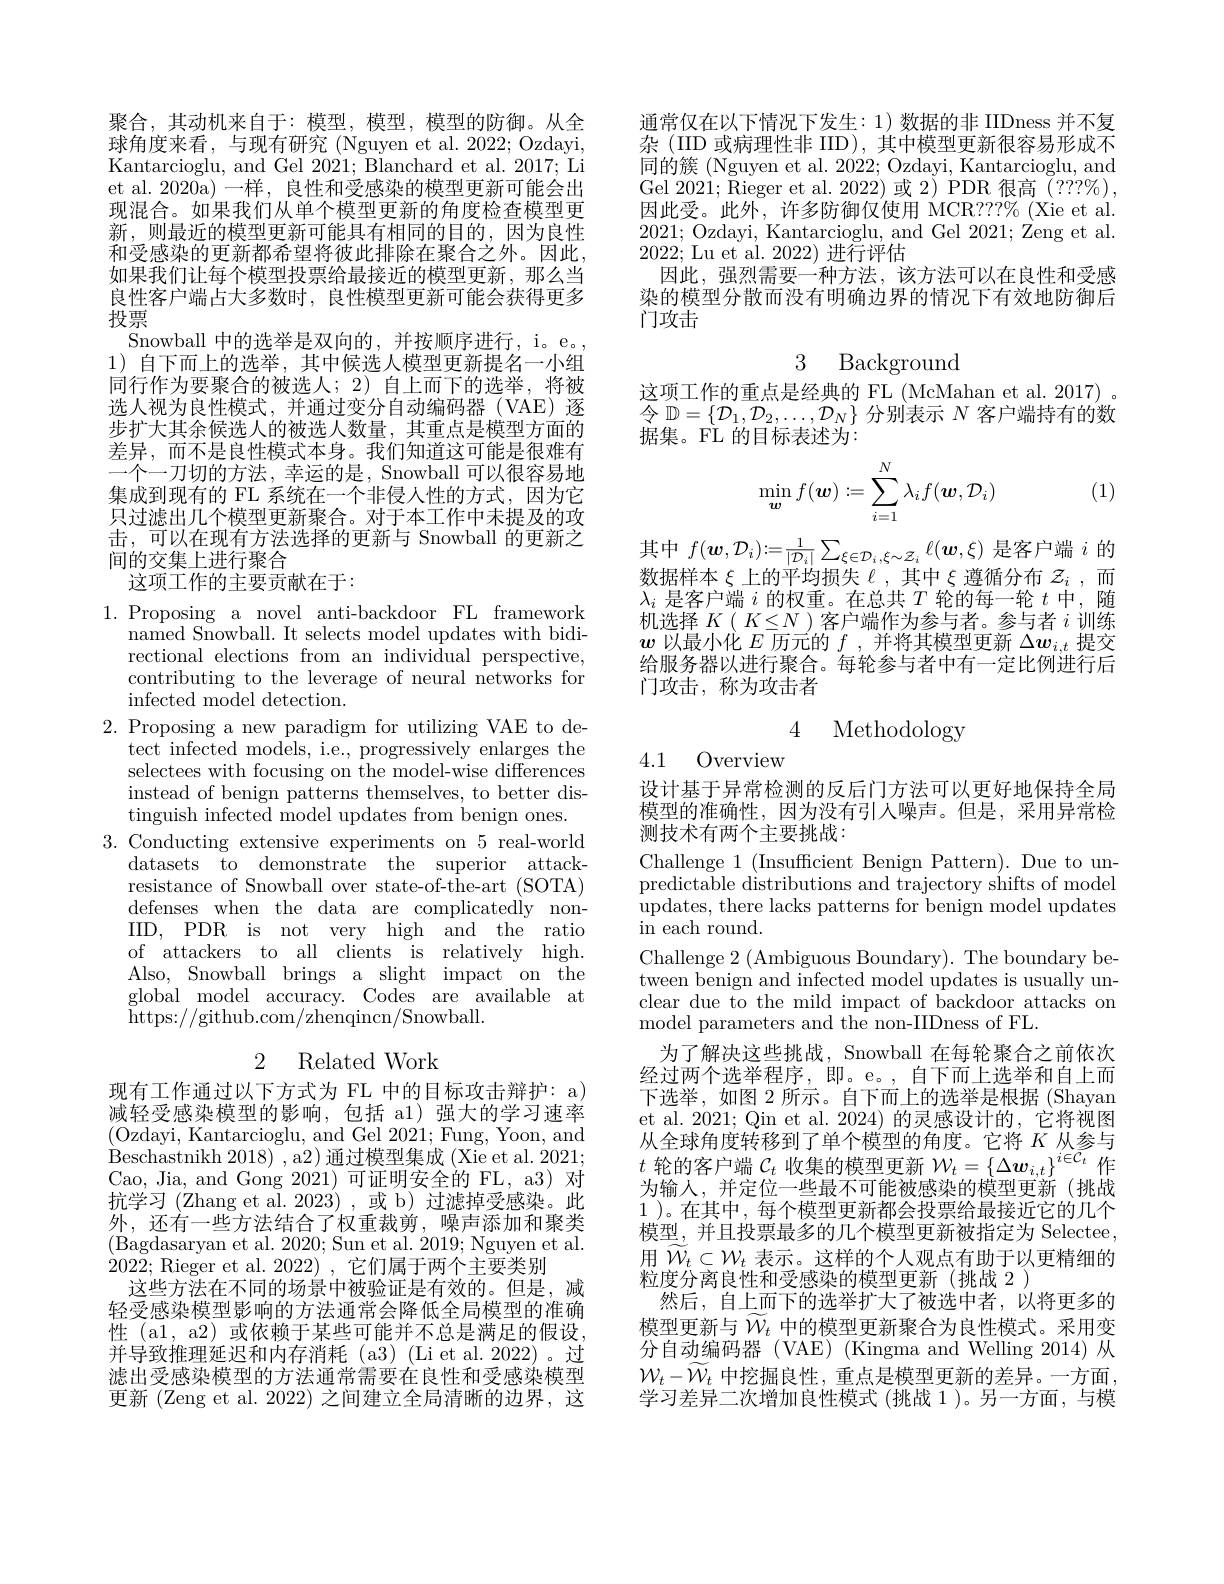
聚合，其动机来自于：模型，模型，模型的防御。从全球角度来看，与现有研究(Nguyen et al.2022; Ozdayi, Kantarcioglu, and Gel 2021; Blanchard et al. 2017; Li et al. 2020a)一样，良性和受感染的模型更新可能会出现混合。如果我们从单个模型更新的角度检查模型更新，则最近的模型更新可能具有相同的目的，因为良性和受感染的更新都希望将彼此排除在聚合之外。因此， 如果我们让每个模型投票给最接近的模型更新，那么当良性客户端占大多数时，良性模型更新可能会获得更多投票
Snowball 中的选举是双向的，并按顺序进行，i。e。, 1)自下而上的选举，其中候选人模型更新提名一小组同行作为要聚合的被选人；2)自上而下的选举，将被选人视为良性模式，并通过变分自动编码器(VAE)逐步扩大其余候选人的被选人数量，其重点是模型方面的差异，而不是良性模式本身。我们知道这可能是很难有一个一刀切的方法，幸运的是，Snowball 可以很容易地集成到现有的 FL 系统在一个非侵人性的方式，因为它只过滤出几个模型更新聚合。对于本工作中未提及的攻击，可以在现有方法选择的更新与 Snowball 的更新之间的交集上进行聚合
这项工作的主要贡献在于：

$\bar{\text{named Snowball. It selects model updates with bidi-}}$ rectional elections from an individual perspective, contributing to the leverage of neural networks for infected model detection.
2. Proposing a new paradigm for utilizing VAE to de-
tect infected models, i.e., progressively enlarges the selectees with focusing on the model-wise differences instead of benign patterns themselves, to better distinguish infected model updates from benign ones.
3. Conducting extensive experiments on 5 real-world
datasets to demonstrate the superior attackresistance of Snowball over state-of-the-art (SOTA) defenses when the data are complicatedly nonIID, PDR is not very high and the ratio of attackers to all clients is relatively high. Also, Snowball brings a slight impact on the global model accuracy. Codes are available at https://github.com/zhenqincn/Snowball.

## 2 Related Work

现有工作通过以下方式为 FL 中的目标攻击辩护：a) 减轻受感染模型的影响，包括 a1)强大的学习速率(Ozdayi, Kantarcioglu, and Gel 2021; Fung, Yoon, and $\dot{\text{Beschastnikh 2018) , a2) 通过模型集成 (Xie et al. 2021}};$ Cao, Jia, and Gong 2021) 可证明安全的 FL, a3) 对抗学习 (Zhang et al. 2023),或 b) 过滤掉受感染。此外，还有一些方法结合了权重裁剪，噪声添加和聚类(Bagdasaryan et al. 2020; Sun et al. 2019; Nguyen et al. 2022; Rieger et al. 2022),它们属于两个主要类别
这些方法在不同的场景中被验证是有效的。但是，减轻受感染模型影响的方法通常会降低全局模型的准确性 (a1, a2) 或依赖于某些可能并不总是满足的假设， 并导致推理延迟和内存消耗(a3)(Li et al. 2022)。过滤出受感染模型的方法通常需要在良性和受感染模型更新 (Zeng et al. 2022) 之间建立全局清晰的边界，这

通常仅在以下情况下发生：1)数据的非 IIDness 并不复杂 (IID 或病理性非 IID), 其中模型更新很容易形成不同的簇 (Nguyen et al. 2022; Ozdayi, Kantarcioglu, and Gel 2021; Rieger et al. 2022) 或 2) PDR 很高 (7??%), 因此受。此外，许多防御仅使用 MCR???% (Xie et al. 2021; Ozdayi, Kantarcioglu, and Gel 2021; Zeng et al. 2022; Lu et al. 2022) 进行评估
因此，强烈需要一种方法，该方法可以在良性和受感染的模型分散而没有明确边界的情况下有效地防御后门攻击

这项工作的重点是经典的 FL (McMahan et al. 2017) 。令$\mathbb{D}=\{\mathcal{D}_1,\mathcal{D}_2,\ldots,\mathcal{D}_N\}$分别表示$N$客户端持有的数据集。FL 的目标表述为：
$$\min_{\boldsymbol{w}}f(\boldsymbol{w}):=\sum_{i=1}^{N}\lambda_{i}f(\boldsymbol{w},\mathcal{D}_{i})$$
(1)

其中$f(\boldsymbol w,\mathcal{D}_i):=\frac1{|\mathcal{D}_i|}\sum_{\xi\in\mathcal{D}_i,\xi\sim\mathcal{Z}_i}\ell(\boldsymbol w,\xi)$是客户端$i$的数据样本$\xi$上的平均损失$\ell$ ,其中$\xi$遵循分布$z_i$ ,而$\lambda_i$是客户端$i$的权重。在总共$T$轮的每一轮$t$中，随机选择$K(K\leq N)$客户端作为参与者。参与者$i$训练$w$以最小化$E$历元的$f$ ,并将其模型更新$\Delta w_i,t$提交给服务器以进行聚合。每轮参与者中有一定比例进行后门攻击，称为攻击者

4 Methodology

4.1 Overview

设计基于异常检测的反后门方法可以更好地保持全局模型的准确性，因为没有引人噪声。但是，采用异常检测技术有两个主要挑战：
Challenge 1 (Insufficient Benign Pattern). Due to unpredictable distributions and trajectory shifts of model updates, there lacks patterns for benign model updates in each round.
Challenge 2 (Ambiguous Boundary). The boundary between benign and infected model updates is usually unclear due to the mild impact of backdoor attacks on model parameters and the non-IIDness of FL.
为了解决这些挑战，Snowball 在每轮聚合之前依次经过两个选举程序，即。e。,自下而上选举和自上而下选举，如图 2 所示。自下而上的选举是根据 (Shayan et al. 2021; Qin et al. 2024) 的灵感设计的，它将视图从全球角度转移到了单个模型的角度。它将$K$从参与$t$轮的客户端$\mathcal{C}_t$收集的模型更新$\mathcal W_t=\left\{\Delta\boldsymbol w_{i,t}\right\}^{i\in\mathcal{C}_t}$作为输人，并定位一些最不可能被感染的模型更新(挑战1 )。在其中，每个模型更新都会投票给最接近它的几个模型，并且投票最多的几个模型更新被指定为 Selectee, 用$W_t\subset\mathcal{W}_t$表示。这样的个人观点有助于以更精细的粒度分离良性和受感染的模型更新(挑战 2)
然后，自上而下的选举扩大了被选中者，以将更多的模型更新与$\widetilde{W}_t$中的模型更新聚合为良性模式。采用变分自动编码器 (VAE) (Kingma and Welling 2014) 从$\mathcal{W}_t-\widetilde{\mathcal{W}}_t$中挖掘良性，重点是模型更新的差异。一方面， 学习差异二次增加良性模式(挑战 1)。另一方面，与模